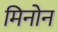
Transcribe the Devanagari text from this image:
मिनोन